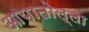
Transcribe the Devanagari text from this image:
आयातोल्ला